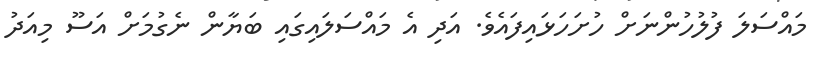
މައްސަލަ ފުލުހުންނަށް ހުށަހަޅައިފައެވެ. އަދި އެ މައްސަލައިގައި ބަޔާން ނެގުމަށް އަސޫ މިއަދު